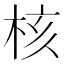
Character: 核